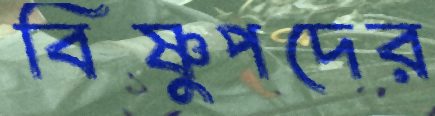
বিষ্ণুপদের